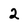
Character: 2